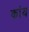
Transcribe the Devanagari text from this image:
कांय